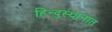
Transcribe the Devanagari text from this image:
हिन्दुस्थानात